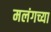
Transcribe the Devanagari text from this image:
मलंगच्या